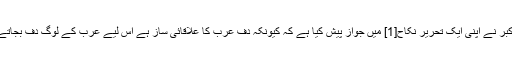
محمد اکبر نے اپنی ایک تحریر نکاح[1] میں جواز پیش کیا ہے کہ کیونکہ دف عرب کا علاقائی ساز ہے اس لیے عرب کے لوگ دف بجاتے تھے۔